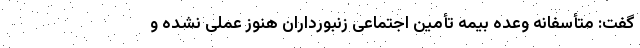
گفت: متأسفانه وعده بیمه تأمین اجتماعی زنبورداران هنوز عملی نشده و